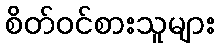
စိတ်ဝင်စားသူများ